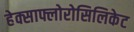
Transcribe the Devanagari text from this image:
हेक्साफ्लोरोसिलिकेट